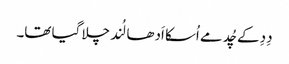
دِدِ کے چُد مے اُسکا اَدھا لُند چلا گیا تھا۔